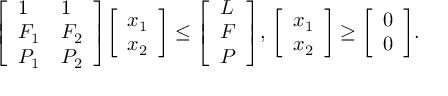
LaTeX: { \left[ \begin{array} { l l } { 1 } & { 1 } \\ { F _ { 1 } } & { F _ { 2 } } \\ { P _ { 1 } } & { P _ { 2 } } \end{array} \right] } { \left[ \begin{array} { l } { x _ { 1 } } \\ { x _ { 2 } } \end{array} \right] } \leq { \left[ \begin{array} { l } { L } \\ { F } \\ { P } \end{array} \right] } , \, { \left[ \begin{array} { l } { x _ { 1 } } \\ { x _ { 2 } } \end{array} \right] } \geq { \left[ \begin{array} { l } { 0 } \\ { 0 } \end{array} \right] } .